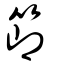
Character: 節